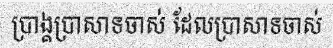
ប្រាង្គប្រាសាទចាស់ ដែលប្រាសាទចាស់